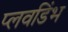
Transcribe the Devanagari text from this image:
प्लवडिंभ